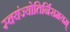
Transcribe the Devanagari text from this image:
स्वयंज्योतिर्निरामयम्